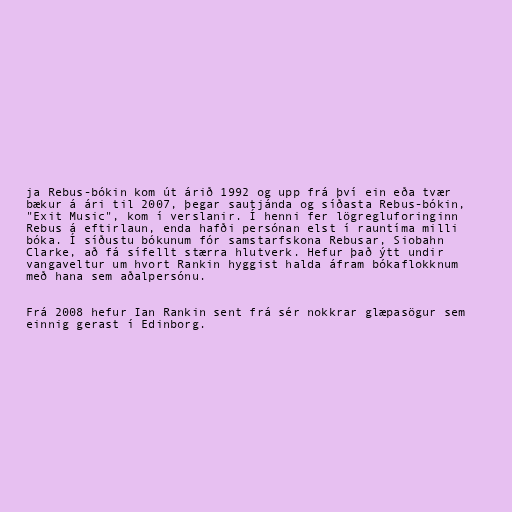
ja Rebus-bókin kom út árið 1992 og upp frá því ein eða tvær
bækur á ári til 2007, þegar sautjánda og síðasta Rebus-bókin,
"Exit Music", kom í verslanir. Í henni fer lögregluforinginn
Rebus á eftirlaun, enda hafði persónan elst í rauntíma milli
bóka. Í síðustu bókunum fór samstarfskona Rebusar, Siobahn
Clarke, að fá sífellt stærra hlutverk. Hefur það ýtt undir
vangaveltur um hvort Rankin hyggist halda áfram bókaflokknum
með hana sem aðalpersónu.

Frá 2008 hefur Ian Rankin sent frá sér nokkrar glæpasögur sem
einnig gerast í Edinborg.